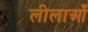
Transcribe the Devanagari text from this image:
लीलाओँ